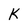
Character: k